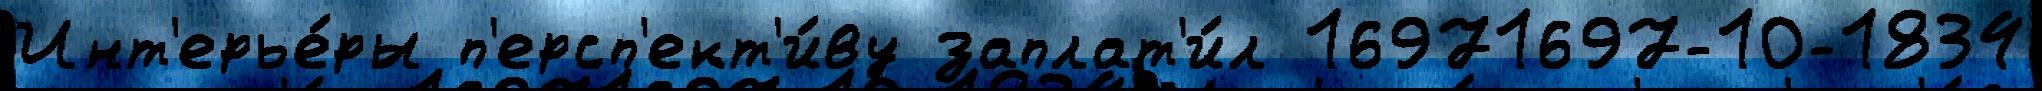
Инт'ерье́ры п'ерсп'ект'и́ву заплат'и́л 16971697-10-1834